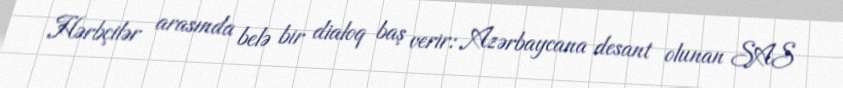
Hərbçilər arasında belə bir dialoq baş verir: Azərbaycana desant olunan SAS